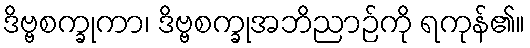
ဒိဗ္ဗစက္ခုကာ၊ ဒိဗ္ဗစက္ခုအဘိညာဉ်ကို ရကုန်၏။